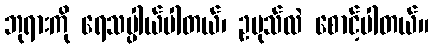
ဘုရားကို ရေသပ္ပါယ်ပါတယ်၊ ဥပုသ်လဲ စောင့်ပါတယ်။